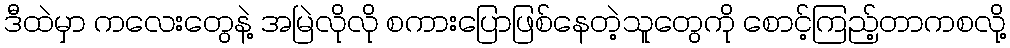
ဒီထဲမှာ ကလေးတွေနဲ့ အမြဲလိုလို စကားပြောဖြစ်နေတဲ့သူတွေကို စောင့်ကြည့်တာကစလို့